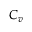
C _ { v }